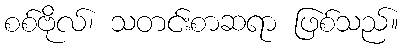
စစ်ဗိုလ်၊ သတင်းစာဆရာ ဖြစ်သည်။